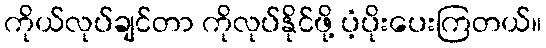
ကိုယ်လုပ်ချင်တာ ကိုလုပ်နိုင်ဖို့ ပံ့ပိုးပေးကြတယ်။